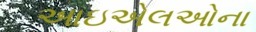
આઇએલઓના